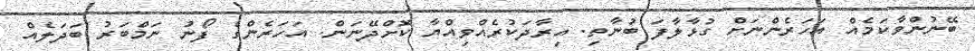
ބޭނުންވާކަމެއް އަހަރެންނަށް ގުޅާލާފަ ބުނާތި. އިރާދަކުރެއްވިއްޔާ ކޮށްދޭނަން. އަހަރެންގެ ފޯނު ނަމްބަރު ބަދަލެއް